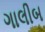
ગાલીબ